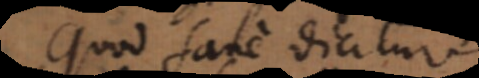
Quod sane dicitur